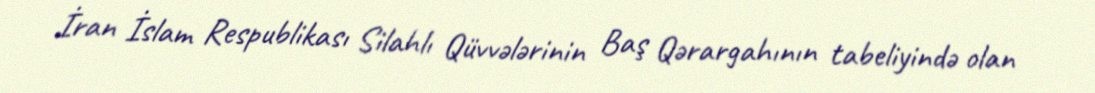
İran İslam Respublikası Silahlı Qüvvələrinin Baş Qərargahının tabeliyində olan